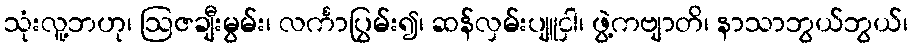
သုံးလူ့ဘဟု၊ ဩဇချီးမွမ်း၊ လင်္ကာပြွမ်း၍၊ ဆန်လှမ်းပျူငှါ၊ ဖွဲ့ကဗျာတိ၊ နာသာဘွယ်ဘွယ်၊